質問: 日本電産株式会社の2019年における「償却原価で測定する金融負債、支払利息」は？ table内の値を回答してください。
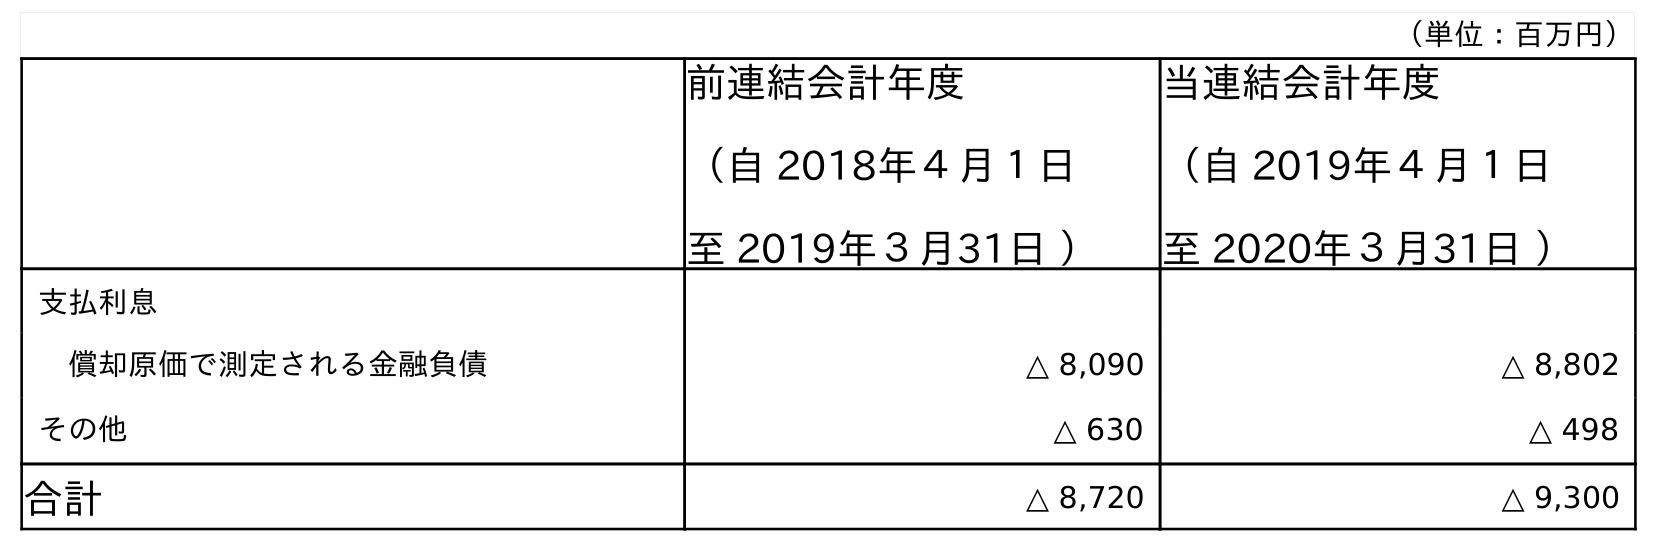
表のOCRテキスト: （単位：百万円） 前連結会計年度 （自 2018年４月１日 至 2019年３月31日 ） 当連結会計年度 （自 2019年４月１日 至 2020年３月31日 ） 支払利息 償却原価で測定される金融負債 △ 8,090 △ 8,802 その他 △ 630 △ 498 合計 △ 8,720 △ 9,300
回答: △8,090